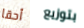
أحقا بتوزيع